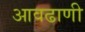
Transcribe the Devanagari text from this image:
आवढाणी